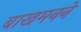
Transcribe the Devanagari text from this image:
बाखमनने